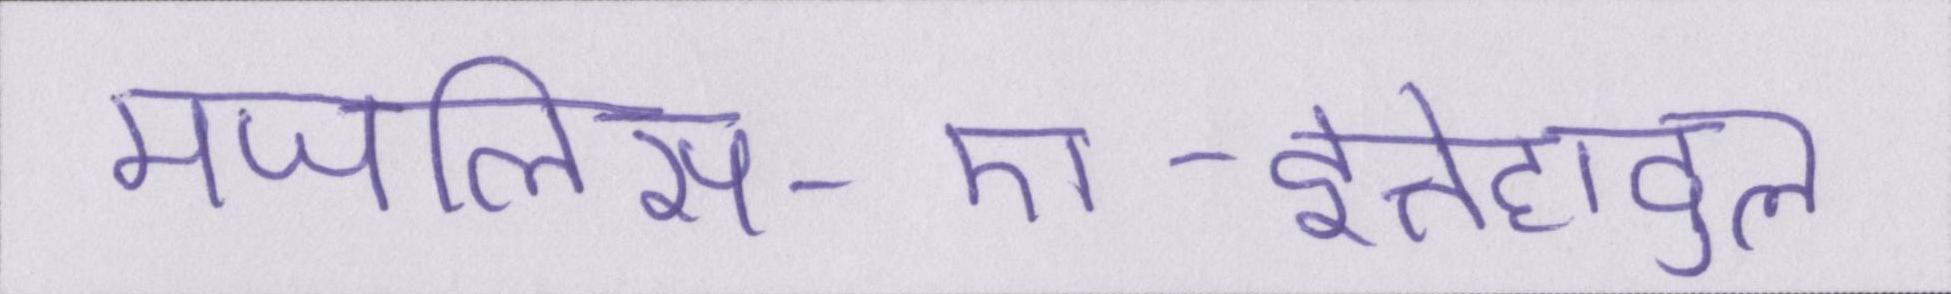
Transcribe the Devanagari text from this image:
मजलिस-ए-इत्तेहादुल